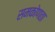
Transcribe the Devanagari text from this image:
समकोणता